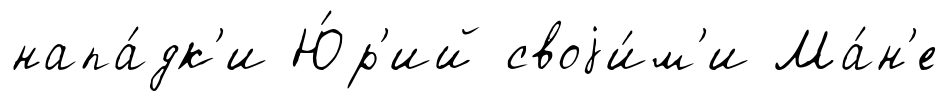
напа́дк'и Ю́р'ий своjи́м'и Ма́н'е